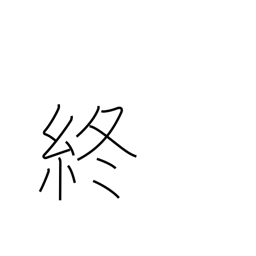
Meaning: finish